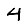
Digit: 4